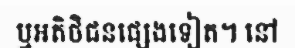
ឬអតិថិជនផ្សេងទៀត។ នៅ